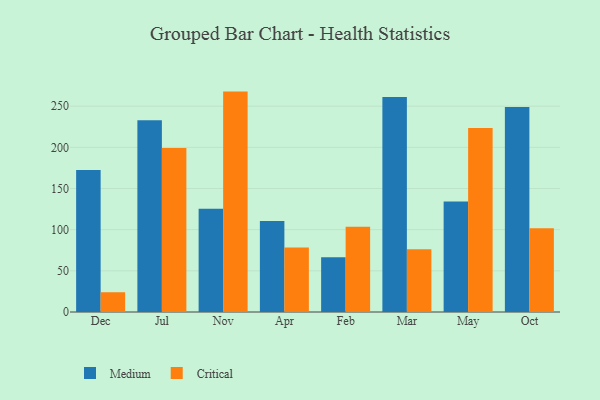
{"axis": {"x": "Month", "y": "Net Income (USD K)"}, "legend": ["Critical", "Medium"], "data": [{"x": "Dec", "y": 172.4, "type": "Medium"}, {"x": "Dec", "y": 24.0, "type": "Critical"}, {"x": "Jul", "y": 232.9, "type": "Medium"}, {"x": "Jul", "y": 199.2, "type": "Critical"}, {"x": "Nov", "y": 125.5, "type": "Medium"}, {"x": "Nov", "y": 267.7, "type": "Critical"}, {"x": "Apr", "y": 110.5, "type": "Medium"}, {"x": "Apr", "y": 78.4, "type": "Critical"}, {"x": "Feb", "y": 66.6, "type": "Medium"}, {"x": "Feb", "y": 103.5, "type": "Critical"}, {"x": "Mar", "y": 261.0, "type": "Medium"}, {"x": "Mar", "y": 76.3, "type": "Critical"}, {"x": "May", "y": 134.3, "type": "Medium"}, {"x": "May", "y": 223.5, "type": "Critical"}, {"x": "Oct", "y": 249.1, "type": "Medium"}, {"x": "Oct", "y": 101.8, "type": "Critical"}]}